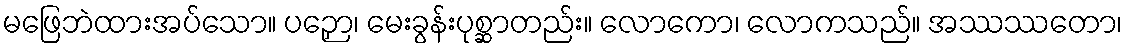
မဖြေဘဲထားအပ်သော။ ပဉှော၊ မေးခွန်းပုစ္ဆာတည်း။ လောကော၊ လောကသည်။ အဿဿတော၊